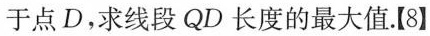
于点D，求线段QD长度的最大值.【8】